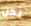
نحن